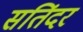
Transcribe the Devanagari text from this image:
सतिंदर